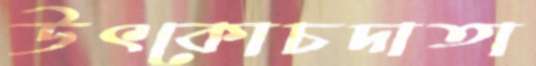
উৎকোচদাতা